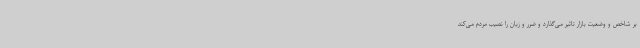
بر شاخص‌ و وضعیت بازار تاثیر می‌گذارد و ضرر و زیان را نصیب مردم می‌کند